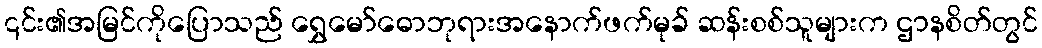
၎င်း၏အမြင်ကိုပြောသည် ရွှေမော်ဓောဘုရားအနောက်ဖက်မုခ် ဆန်းစစ်သူများက ဌာနစိတ်တွင်